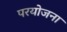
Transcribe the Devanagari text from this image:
परयोजना